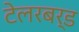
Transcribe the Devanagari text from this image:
टेलरबर्ड